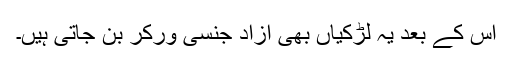
اس کے بعد یہ لڑکیاں بھی آزاد جنسی ورکر بن جاتی ہیں۔